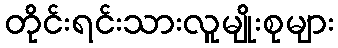
တိုင်းရင်းသားလူမျိုးစုများ